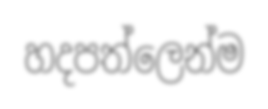
හදපත්ලෙන්ම